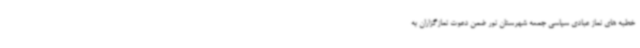
خطبه های نماز عبادی سیاسی جمعه شهرستان نور ضمن دعوت نمازگزاران به